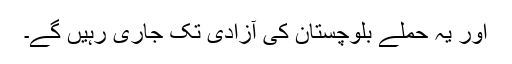
اور یہ حملے بلوچستان کی آزادی تک جاری رہیں گے۔